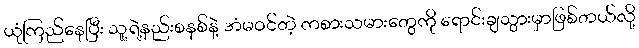
ယုံကြည်နေပြီး သူ့ရဲ့နည်းစနစ်နဲ့ အံမဝင်တဲ့ ကစားသမားတွေကို ရောင်းချသွားမှာဖြစ်တယ်လို့